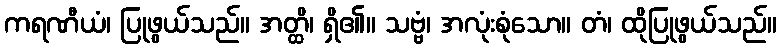
ကရဏီယံ၊ ပြုဖွယ်သည်။ အတ္ထိ၊ ရှိ၏။ သဗ္ဗံ၊ အလုံးစုံသော။ တံ၊ ထိုပြုဖွယ်သည်။